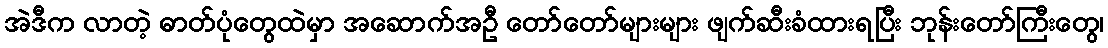
အဲဒီက လာတဲ့ ဓာတ်ပုံတွေထဲမှာ အဆောက်အဦ တော်တော်များများ ဖျက်ဆီးခံထားရပြီး ဘုန်းတော်ကြီးတွေ၊